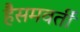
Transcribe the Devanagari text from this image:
हैसमवर्ती